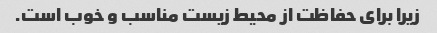
زیرا برای حفاظت از محیط زیست مناسب و خوب است.